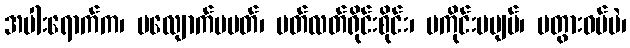
အပါးရောက်က၊ မလျောက်မပတ်၊ မတ်လတ်ရိုင်းစိုင်း၊ မကိုင်းမပျပ်၊ မတွားဝပ်ပဲ၊